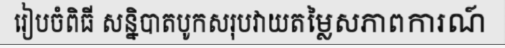
រៀបចំពិធី សន្និបាតបូកសរុបវាយតម្លៃសភាពការណ៍